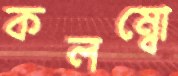
কলম্বো